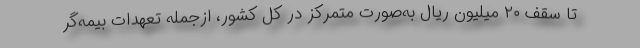
تا سقف ۲۰ میلیون ریال به‌صورت متمرکز در کل کشور، ازجمله تعهدات بیمه‌گر